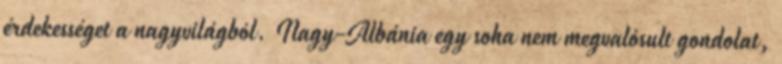
érdekességet a nagyvilágból. Nagy-Albánia egy soha nem megvalósult gondolat,